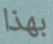
بهذا